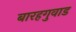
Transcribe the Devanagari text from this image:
बारहगुवाड